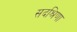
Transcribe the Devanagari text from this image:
सदश्रिणा